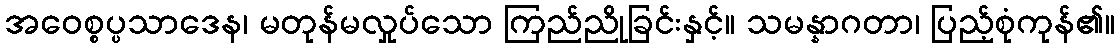
အဝေစ္စပ္ပသာဒေန၊ မတုန်မလှုပ်သော ကြည်ညိုခြင်းနှင့်။ သမန္နာဂတာ၊ ပြည့်စုံကုန်၏။